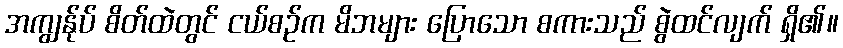
အကျွန်ုပ် စိတ်ထဲတွင် ငယ်စဉ်က မိဘများ ပြောသော စကားသည် စွဲထင်လျက် ရှိ၏။